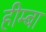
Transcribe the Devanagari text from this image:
हीम्बा